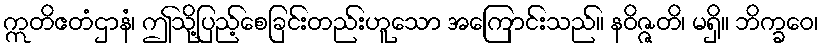
ဣတိဧတံဌာနံ၊ ဤသို့ပြည့်စေခြင်းတည်းဟူသော အကြောင်းသည်။ နဝိဇ္ဇတိ၊ မရှိ။ ဘိက္ခဝေ၊